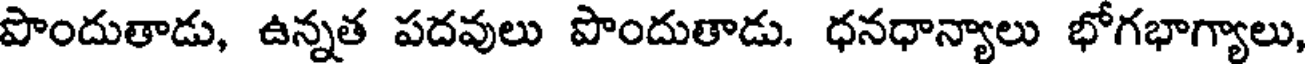
పొందుతాడు, ఉన్నత పదవులు పొందుతాడు. ధనధాన్యాలు భోగభాగ్యాలు,